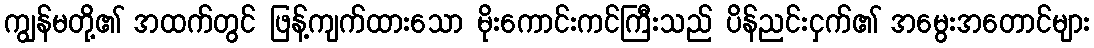
ကျွန်မတို့၏ အထက်တွင် ဖြန့်ကျက်ထားသော မိုးကောင်းကင်ကြီးသည် ပိန်ညင်းငှက်၏ အမွေးအတောင်များ